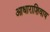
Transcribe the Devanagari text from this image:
आधाराशिवाय